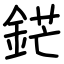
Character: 鋩